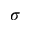
\sigma